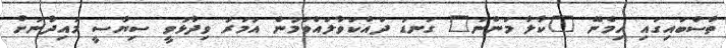
ތާސްބައިގައި ހިމެނޭ "ކާލާ މަންނަ" ގަނޑު ދައްކަވާލައްވަމުން އުމަރު ވިދާޅުވީ ސިޔާސީ މައިދާނަށް